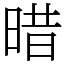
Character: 𣈏